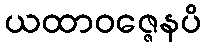
ယထာဝဇ္ဇေနပိ